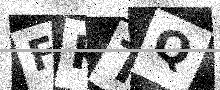
Text: FKTQ